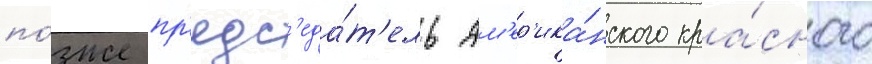
по́зже пр'едс'еда́т'ель ам'ер'ика́нского кра́сного